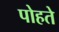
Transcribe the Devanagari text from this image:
पोहते